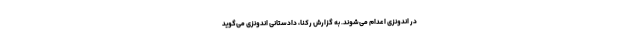
در اندونزی اعدام می‌شوند. به گزارش رکنا، دادستانی اندونزی می‌گوید